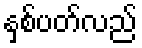
နှစ်ပတ်လည်